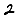
Digit: 2